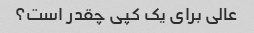
عالی برای یک کپی چقدر است؟